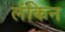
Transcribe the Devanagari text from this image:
लंकिन